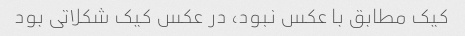
کیک مطابق با عکس نبود، در عکس کیک شکلاتی بود